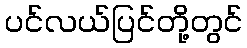
ပင်လယ်ပြင်တို့တွင်